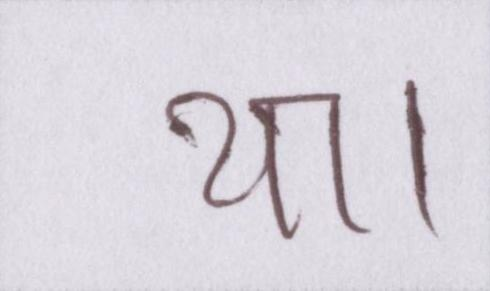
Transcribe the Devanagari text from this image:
था।